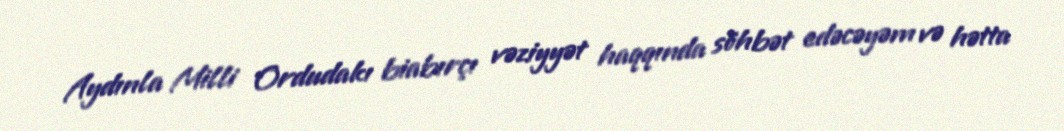
Aydınla Milli Ordudakı biabırçı vəziyyət haqqında söhbət edəcəyəm və hətta